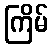
ကြိမ်